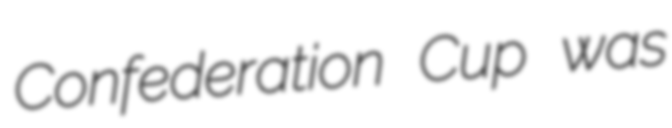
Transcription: Confederation Cup was